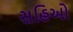
સહિઓ